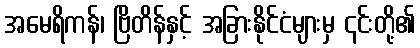
အမေရိကန်၊ ဗြိတိန်နှင့် အခြားနိုင်ငံများမှ ၎င်းတို့၏